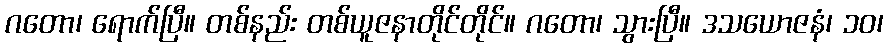
ဂတော၊ ရောက်ပြီ။ တစ်နည်း တစ်ယူဇနာတိုင်တိုင်။ ဂတော၊ သွားပြီ။ ဒသယောဇနံ၊ ၁၀၊